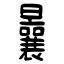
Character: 曩